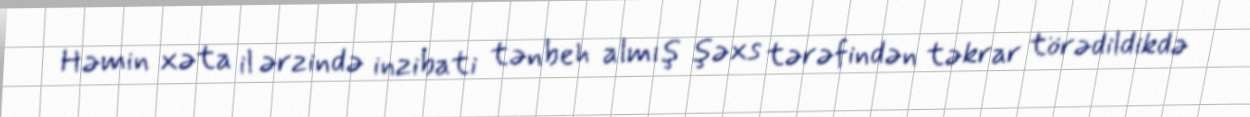
Həmin xəta il ərzində inzibati tənbeh almış şəxs tərəfindən təkrar törədildikdə